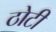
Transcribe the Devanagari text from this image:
ठोटी